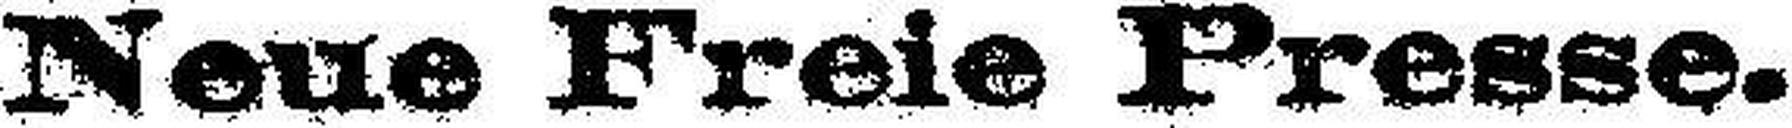
Neue Freie Presse.